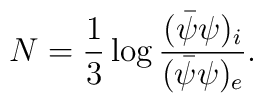
N=\frac{1}{3}\log \frac{(\bar{\psi}{\psi})_i}{(\bar{\psi}{\psi})_e}.